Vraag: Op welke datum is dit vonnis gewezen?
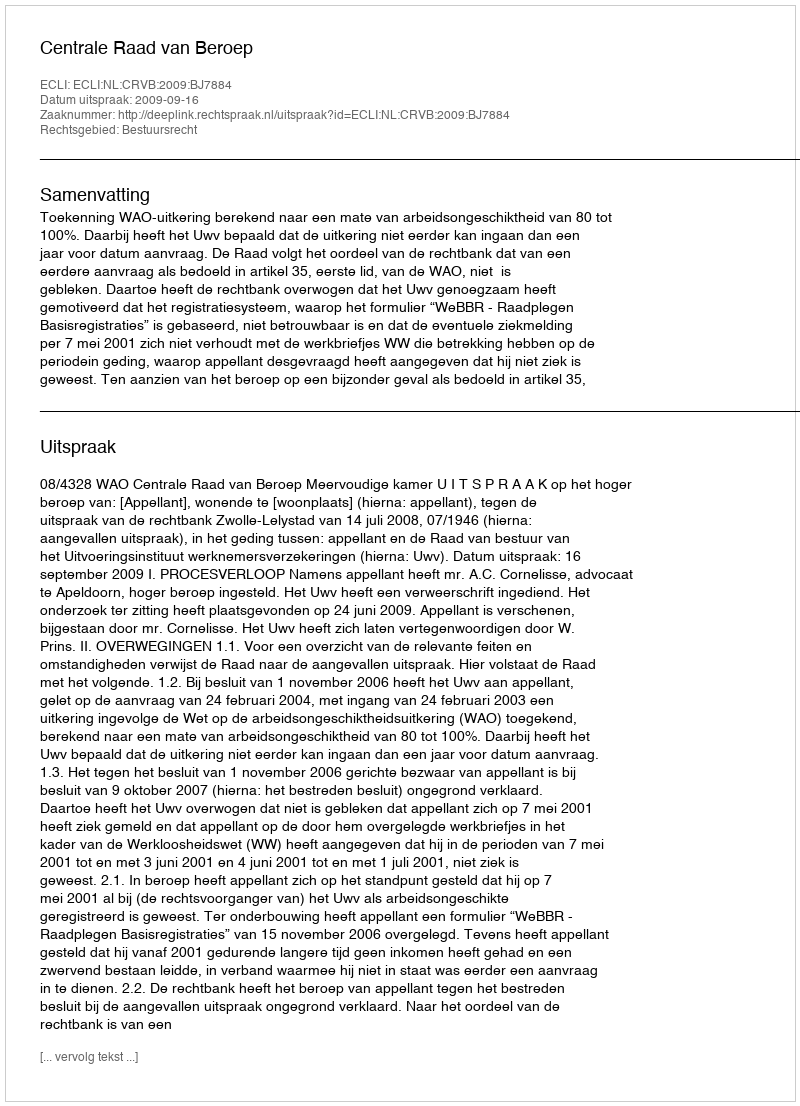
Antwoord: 2009-09-16